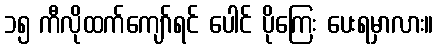
၁၅ ကီလိုထက်ကျော်ရင် ပေါင် ပိုကြေး ပေးရမှာလား။